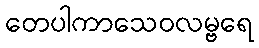
တေပါကာသေဝလမ္ဗရေ